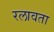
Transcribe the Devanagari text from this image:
रलावता